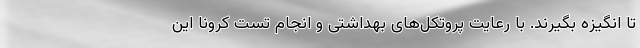
تا انگیزه بگیرند. با رعایت پروتکل‌های بهداشتی و انجام تست کرونا این